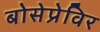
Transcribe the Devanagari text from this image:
बोसेप्रेविर